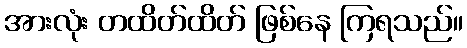
အားလုံး တထိတ်ထိတ် ဖြစ်နေ ကြရသည်။